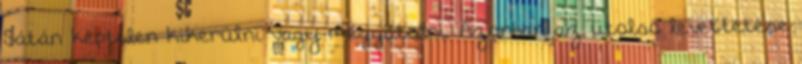
Sátán képtelen kikerülni vagy meggátolni. Azonban az utolsó levettetése